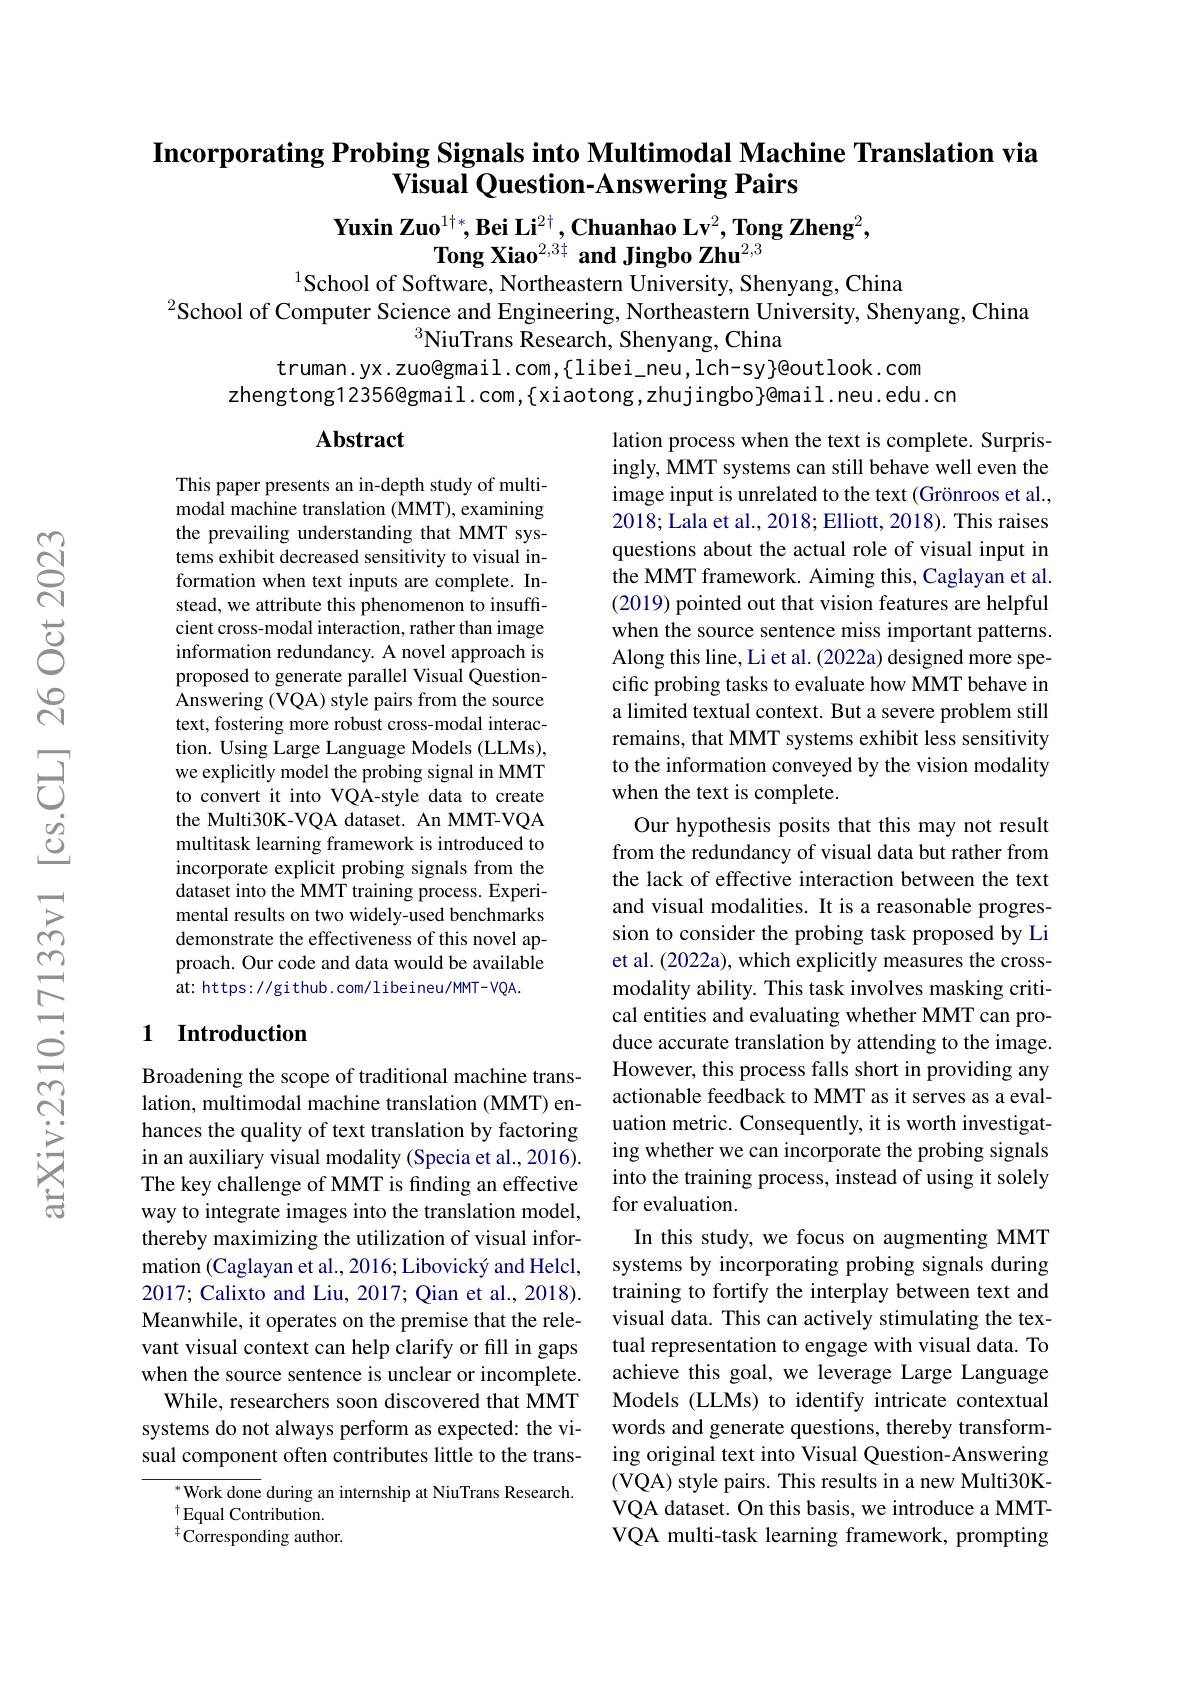
## Incorporating Probing Signals into Multimodal Machine Translation via $\bar{\textbf{Visual Question-Answering Pairs}}$

Yuxin Zuo$^1^{\dagger*},\textbf{Bei Li}^{2\dagger},\textbf{Chuanhao Lv}^2,\textbf{Tong Zheng}^2$,
$\textbf{Tong Xiao}^{2,3\ddagger}$ and Jingbo Zhu$^{2,3}$
$^{1}$School of Software, Northeastern University, Shenyang, China

$^{2}$School of Computer Science and Engineering, Northeastern University, Shenyang, China
$^3$NiuTrans Research, Shenyang, China
$truman.yx.zuo@gmail.com,{libei\_neu,lch-sy}@outlook.com$
$zhengtong12356@gmail.com,\{xiaotong,zhujingbo\}@mail.neu.edu.cn$

### $\mathbf{Abstract}$

This paper presents an in-depth study of multimodal machine translation (MMT), examining the prevailing understanding that MMT systems exhibit decreased sensitivity to visual information when text inputs are complete. Instead, we attribute this phenomenon to insufficient cross-modal interaction, rather than image information redundancy. A novel approach is proposed to generate parallel Visual QuestionAnswering (VQA) style pairs from the source text, fostering more robust cross-modal interaction. Using Large Language Models (LLMs), we explicitly model the probing signal in MMT to convert it into VQA-style data to create the Multi30K-VQA dataset. An MMT-VQA multitask learning framework is introduced to incorporate explicit probing signals from the dataset into the MMT training process. Experimental results on two widely-used benchmarks demonstrate the effectiveness of this novel approach. Our code and data would be available at: https: / github. com/ l ibeineu/ MMT- VQA.

lation process when the text is complete. Surprisingly, MMT systems can still behave well even the image input is unrelated to the text (Grönroos et al., 2018; Lala et al., 2018; Elliott, 2018). This raises questions about the actual role of visual input in the MMT framework. Aiming this, Caglayan et al. (2019) pointed out that vision features are helpful when the source sentence miss important patterns. Along this line, Li et al. (2022a) designed more specific probing tasks to evaluate how MMT behave in a limited textual context. But a severe problem still remains, that MMT systems exhibit less sensitivity to the information conveyed by the vision modality when the text is complete.
Our hypothesis posits that this may not result from the redundancy of visual data but rather from the lack of effective interaction between the text and visual modalities. It is a reasonable progression to consider the probing task proposed by Li et al. (2022a), which explicitly measures the crossmodality ability. This task involves masking critical entities and evaluating whether MMT can produce accurate translation by attending to the image. However, this process falls short in providing any actionable feedback to MMT as it serves as a evaluation metric. Consequently, it is worth investigating whether we can incorporate the probing signals into the training process, instead of using it solely for evaluation.
In this study, we focus on augmenting MMT systems by incorporating probing signals during training to fortify the interplay between text and visual data. This can actively stimulating the textual representation to engage with visual data. To achieve this goal, we leverage Large Language Models (LLMs) to identify intricate contextual words and generate questions, thereby transforming original text into Visual Question-Answering (VQA) style pairs. This results in a new Multi30KVQA dataset. On this basis, we introduce a MMTVQA multi-task learning framework, prompting

## 1 Introduction

Broadening the scope of traditional machine translation, multimodal machine translation (MMT) enhances the quality of text translation by factoring in an auxiliary visual modality (Specia et al., 2016). The key challenge of MMT is finding an effective way to integrate images into the translation model, thereby maximizing the utilization of visual information (Caglayan et al., 2016; Libovický and Helcl, 2017; Calixto and Liu, 2017; Qian et al., 2018). Meanwhile, it operates on the premise that the relevant visual context can help clarify or fill in gaps when the source sentence is unclear or incomplete.
While, researchers soon discovered that MMT systems do not always perform as expected: the visual component often contributes little to the trans-

$^*$Work done during an internship at NiuTrans Research.
$^{\dagger}$Equal Contribution. $^{\dagger}{\mathrm{Corresponding~author.}}$